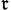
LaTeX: _\mathfrak{r}